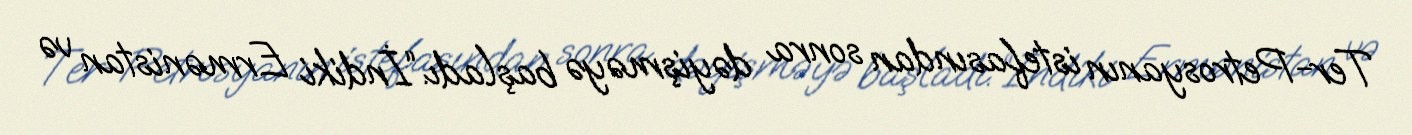
Ter-Petrosyanın istefasından sonra dəyişməyə başladı.“İndiki Ermənistan və